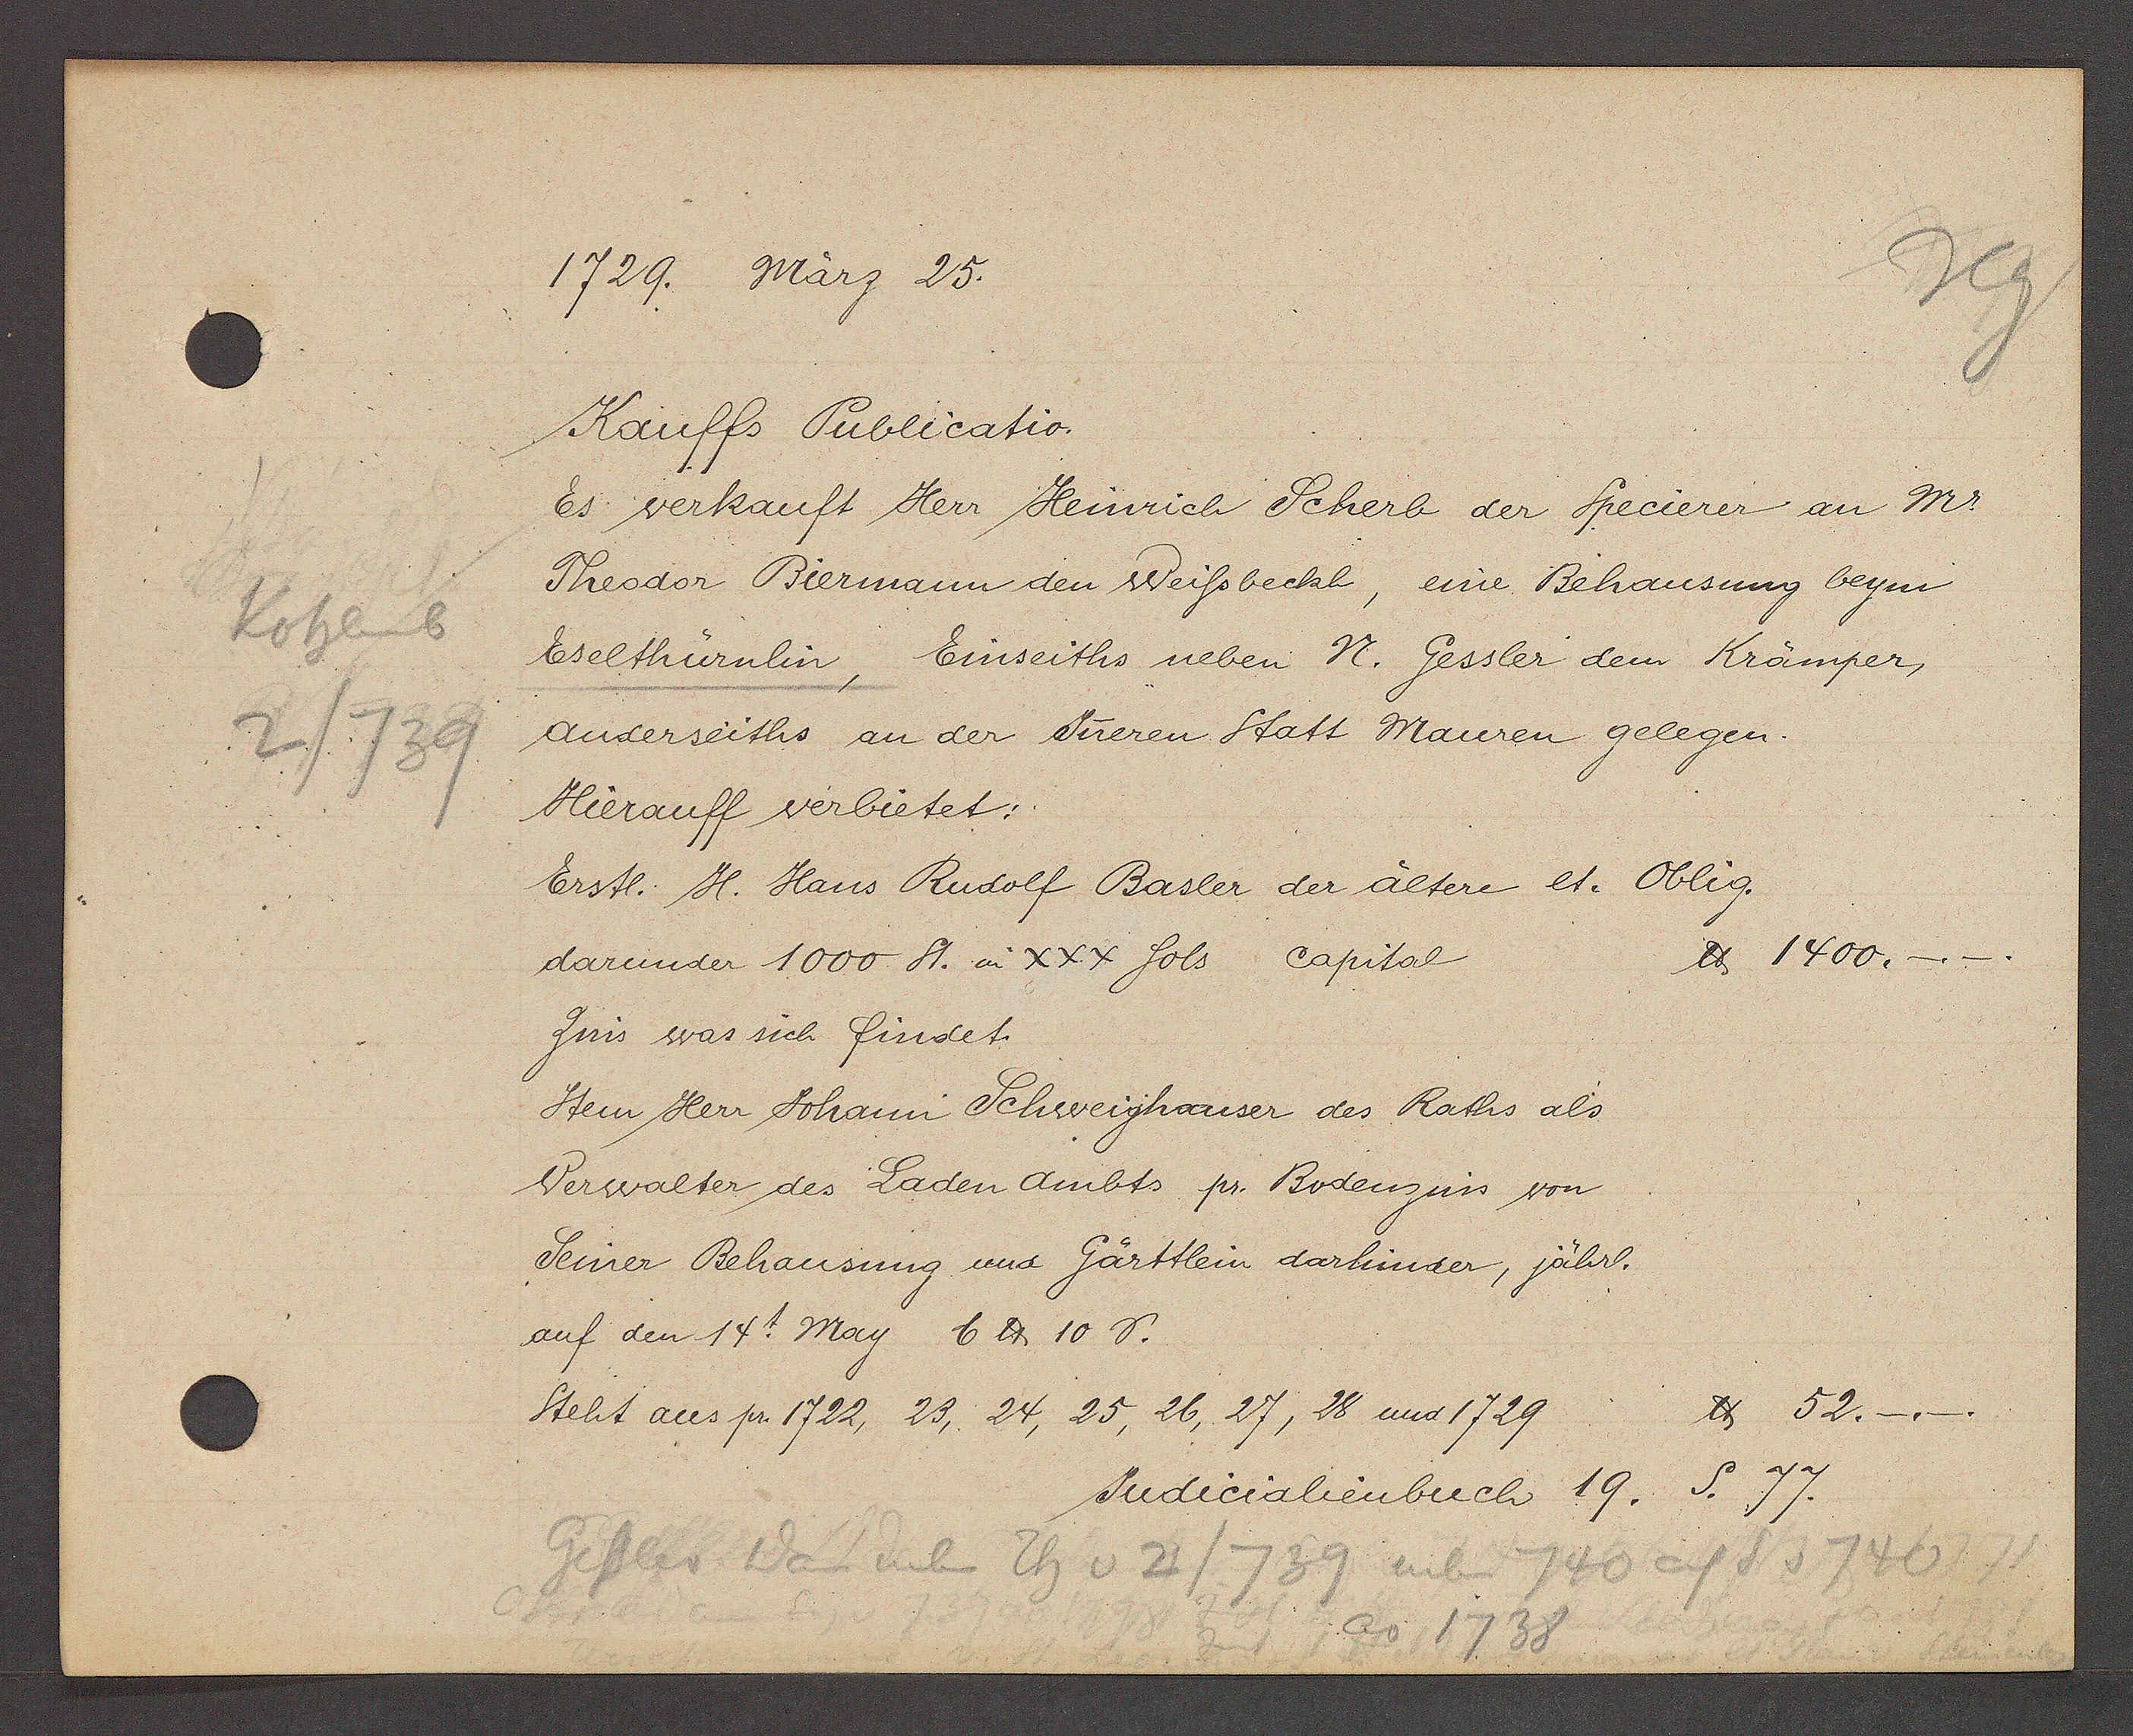
Transcript:
Kohlenb
2/739

1729. März 25.

Kauffs Publicatio.
Es verkauft Herr Heinrich Scherb der Specierer an Mr.
Theodor Biermann den Weissbeckh, eine Behausung beym
Eselthürnlin, Einseiths neben N. Gessler dem Krämper,
Anderseiths an der Jüeren Statt Mauren gelegen.
Hierauff verbietet:
Erstl. H. Hans Rudolf Basler der ältere et. Oblig.
℔ 1400.-.
darunder 1000 St. u. XXX fols capital
Zins was sich findet.
Item Herr Johann Schweighauser des Raths als
Verwalter des Laden Ambts pr. Bodenzins von
Seiner Behausung und Gärttlein darhinder, jährl.
auf den 14t. May 6 ℔ 10 ȡ.
Steht aus pr. 1722, 23, 24, 25, 26, 27, 28 und 1729

℔ 52.
S. 77.
Judicialienbuch 19.

Geßler Dan neben Th v 2/739 neben 740 auf S v 740
ao
1738